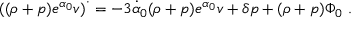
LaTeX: \left( ( \rho + p ) e ^ { \alpha _ { 0 } } v \right) ^ { \cdot } = - 3 \dot { \alpha } _ { 0 } ( \rho + p ) e ^ { \alpha _ { 0 } } v + \delta p + ( \rho + p ) \Phi _ { 0 } \ .